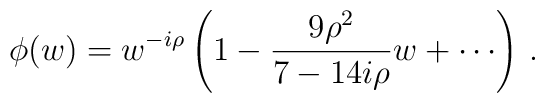
\phi(w) = w^{-i\rho}\left(1 - {9 \rho^2 \over 7 - 14 i \rho} w + \cdots \right)\,.